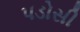
પડોસી